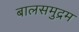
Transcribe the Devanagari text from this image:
बालसमुद्रम